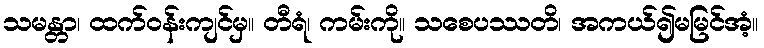
သမန္တာ၊ ထက်ဝန်းကျင်မှ။ တီရံ၊ ကမ်းကို။ သစေပဿတိ၊ အကယ်၍မမြင်အံ့။